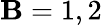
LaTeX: \mathbf{B}=1,2